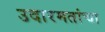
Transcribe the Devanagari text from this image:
उदारमतांचा